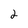
Character: 2